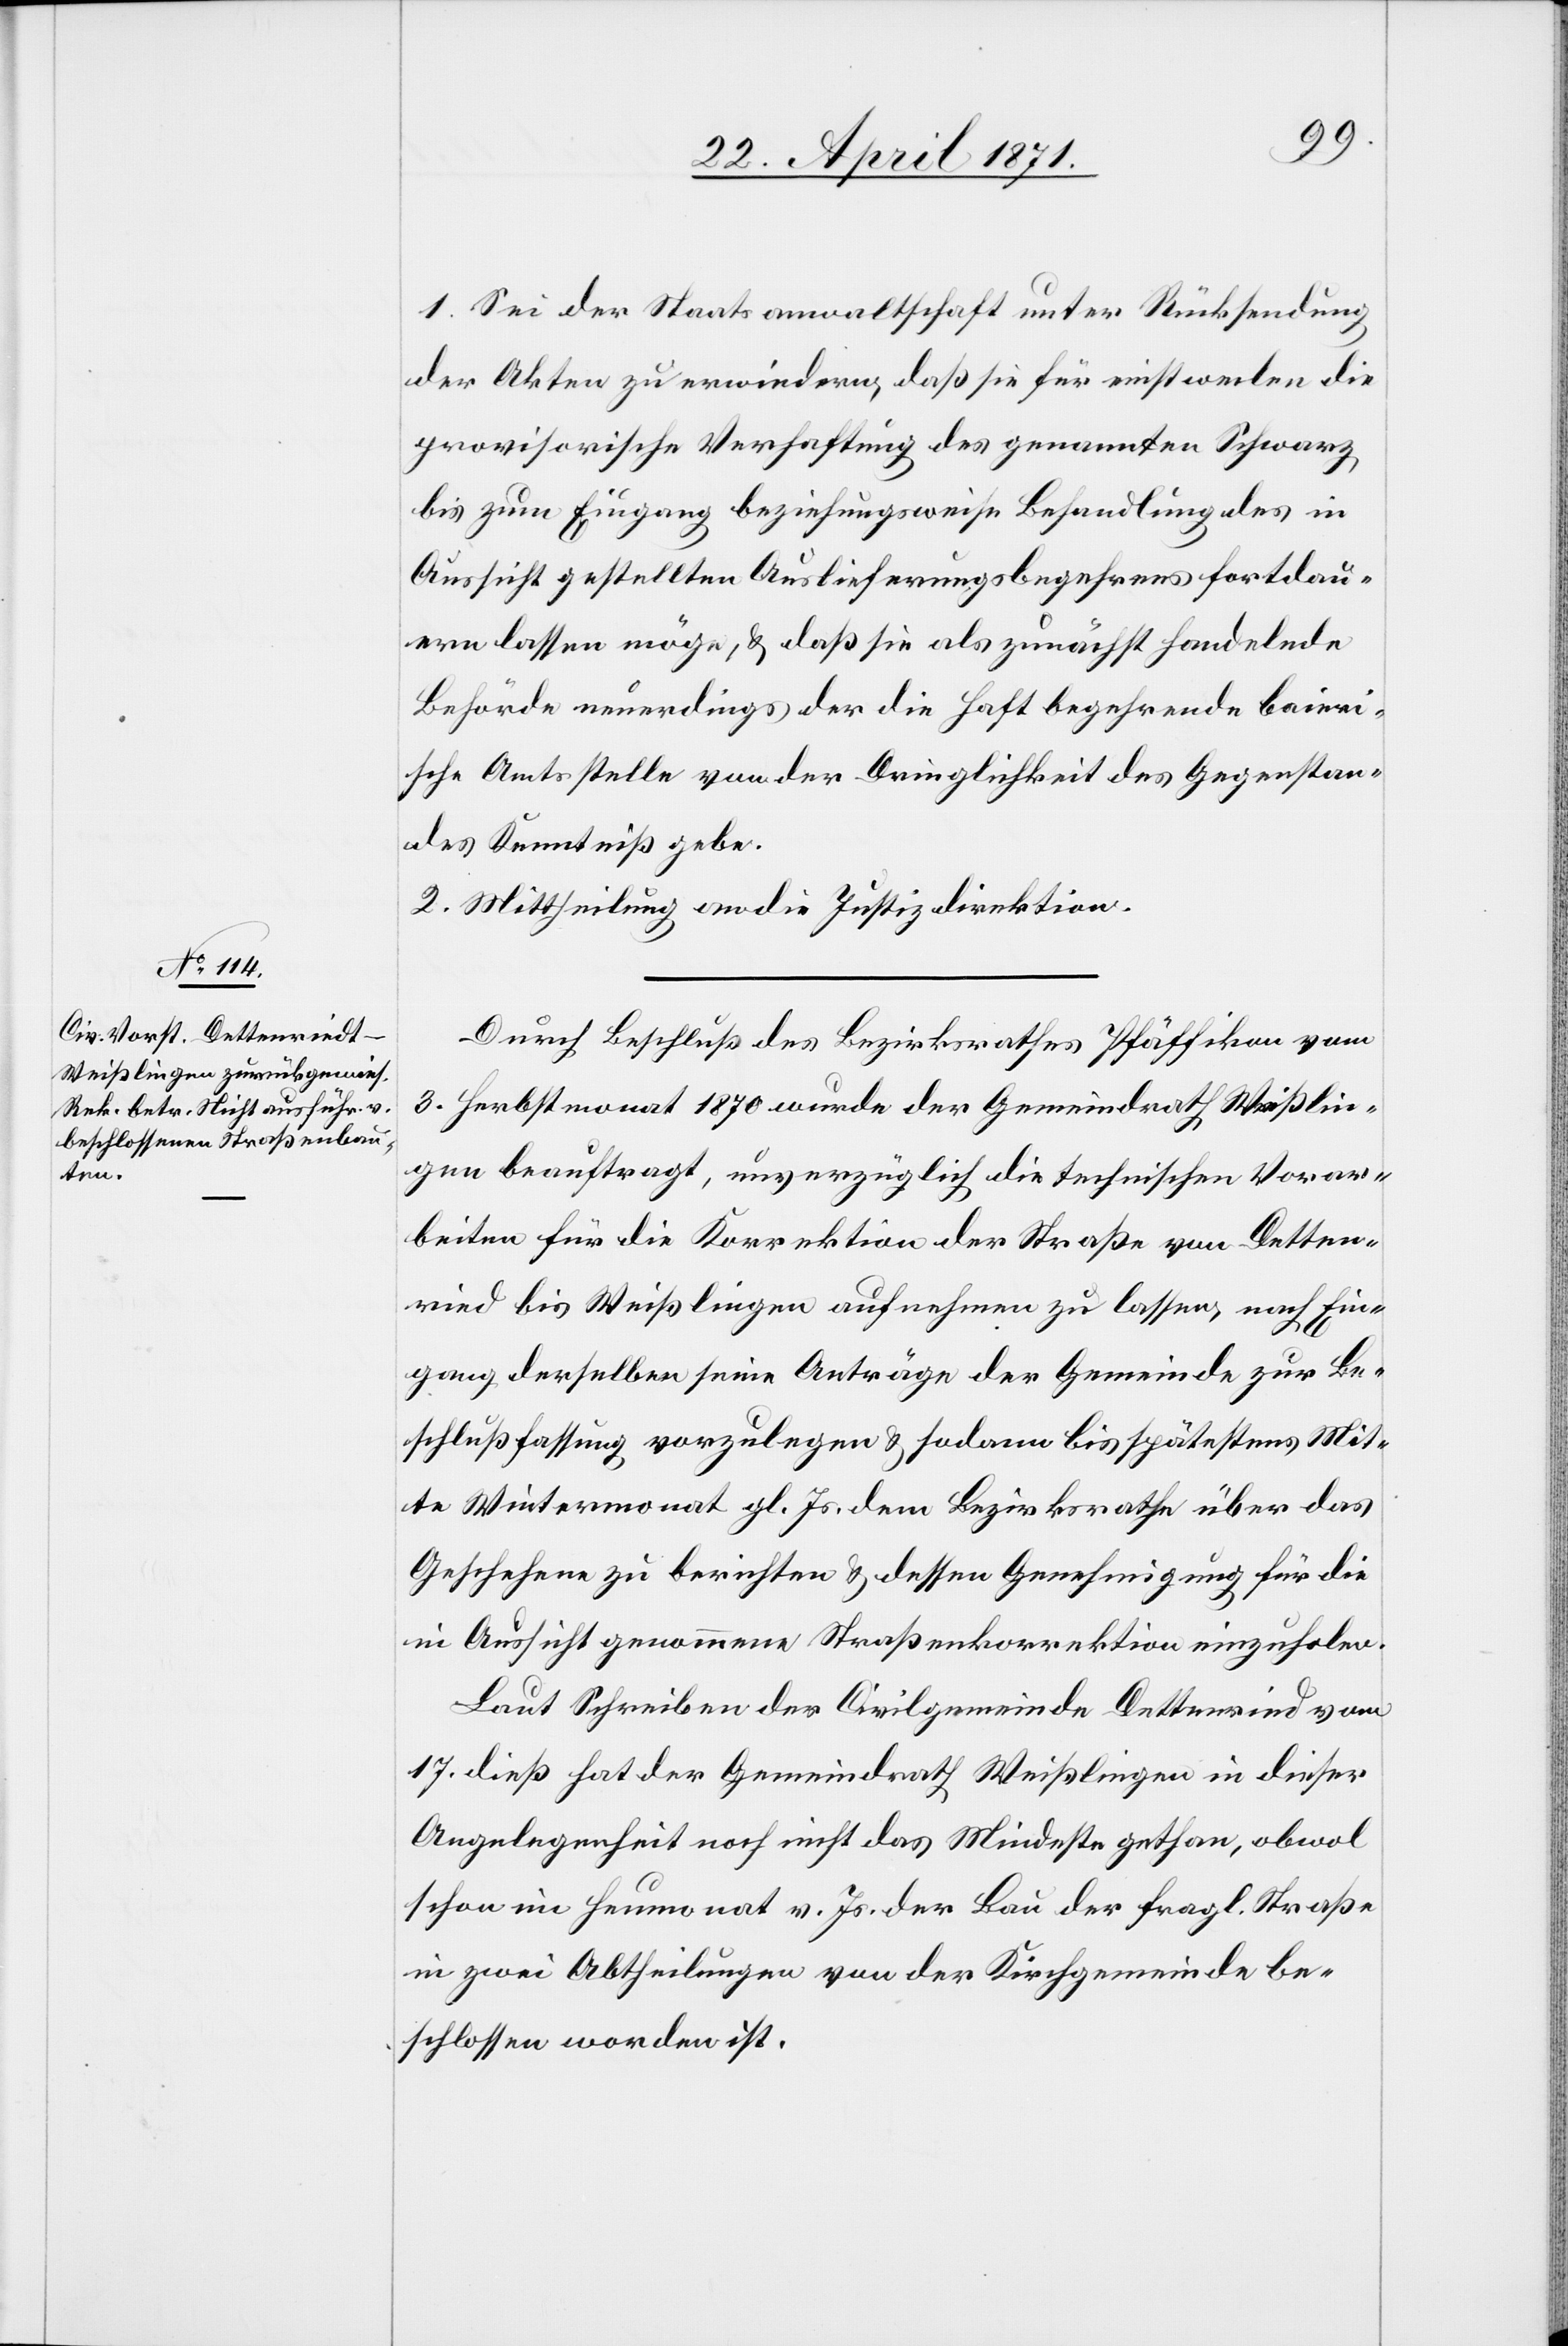
1. Sei der Staatsanwaltschaft unter Rücksendung
der Akten zu erwiedern, daß sie für einstweilen die
provisorische Verhaftung des genannten Schwarz
bis zum Eingang beziehungsweise Behandlung des in
Aussicht gestellten Auslieferungsbegehren fortdau¬
ern lassen möge, u. daß sie als zunächst handelnde
Behörde neuerdings der die Haft begehrende baieri¬
sche Amtsstelle von der Dringlichkeit des Gegenstan¬
des Kenntniß gebe.
2. Mittheilung an die Justizdirektion.
Durch Beschluß des Bezirksrathes Pfäffikon vom
3. Herbstmonat 1870 wurde der Gemeindrath Weißlin¬
gen beauftragt, unverzüglich die technischen Vorar¬
beiten für Korrektion der Straße von Detten¬
ried bis Weißlingen aufnehmen zu lassen, nach Ein¬
gang derselben seine Anträge der Gemeinde zur Be¬
schlußfassung vorzulegen u. sodann bis spätestens Mit¬
te Wintermonat gl. Js. dem Bezirksrathe über das
Geschehene zu berichten u. dessen Genehmigung für die
in Aussicht genommene Straßenkorrektion einzuholen.
Laut Schreiben der Civilgemeinde Dettenried vom
17. dieß hat der Gemeindrath Weißlingen in dieser
Angelegenheit noch nicht das Mindeste gethan, obwol
schon im Heumonat v. Js. der Bau der fragl. Straße
in zwei Abtheilungen von der Kirchgemeinde be¬
schlossen worden ist.